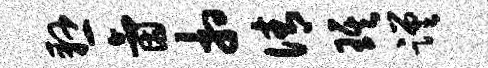
悬氤相倩琪蹉